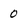
Character: 0